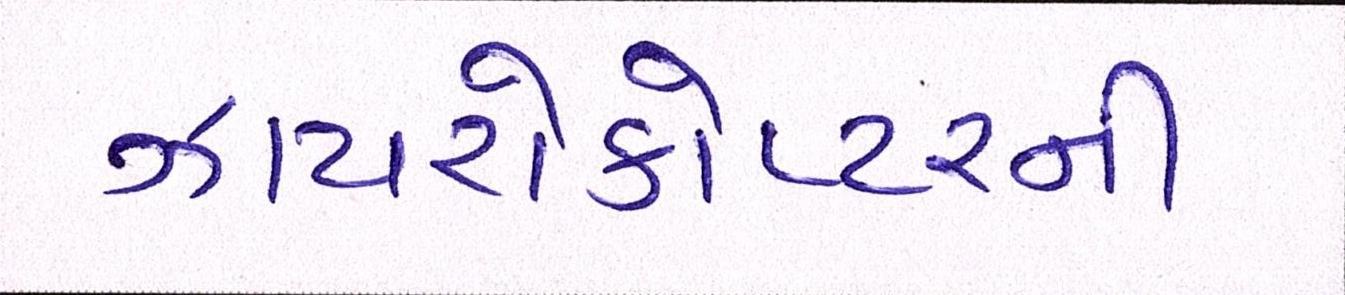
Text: ઝાયરોકોપ્ટરની